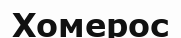
Хомерос